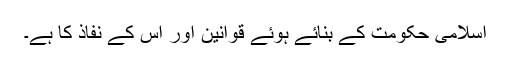
اسلامی حکومت کے بنائے ہوئے قوانین اور اس کے نفاذ کا ہے۔